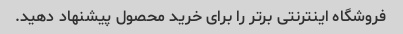
فروشگاه اینترنتی برتر را برای خرید محصول پیشنهاد دهید.